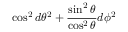
\cos ^ { 2 } d \theta ^ { 2 } + { \frac { \sin ^ { 2 } \theta } { \cos ^ { 2 } \theta } } d \phi ^ { 2 }